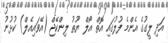
އަދި ލީގުގެ އެންމެ ފުލުގައި އޮތް އޯލް ޔޫތު ލިންކޭޖް (އޭވައިއެލް) ކުޅުނު